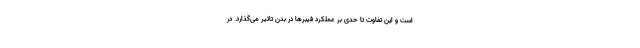
است و این تفاوت تا حدی بر عملکرد فیبرها در بدن تاثیر می‌گذارد. در